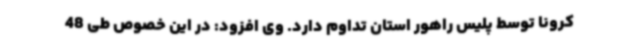
کرونا توسط پلیس راهور استان تداوم دارد. وی افزود: در این خصوص طی 48